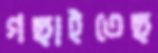
গছাইতেছ